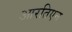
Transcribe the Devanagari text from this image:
आरतिएन